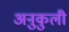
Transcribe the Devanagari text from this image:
अनुकुली